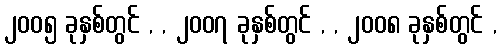
၂၀၀၅ ခုနှစ်တွင် , , ၂၀၀၇ ခုနှစ်တွင် , , ၂၀၀၈ ခုနှစ်တွင် ,